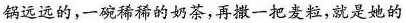
锅远远的，一碗稀稀的奶茶，再撒一把麦粒，就是她的